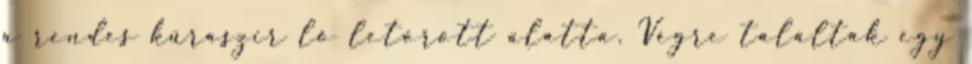
a rendes küraszir ló letörött alatta. Végre találtak egy